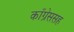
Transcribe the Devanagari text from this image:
काँग्रेससह